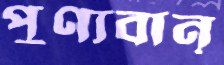
পুণ্যবান্‌